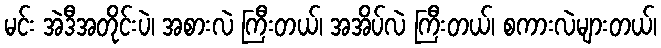
မင်း အဲဒီအတိုင်းပဲ၊ အစားလဲ ကြီးတယ်၊ အအိပ်လဲ ကြီးတယ်၊ စကားလဲများတယ်၊